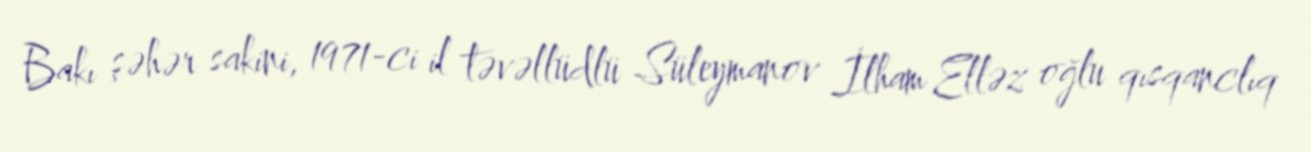
Bakı şəhər sakini, 1971-ci il təvəllüdlü Süleymanov İlham Elləz oğlu qısqanclıq